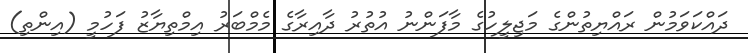
ދައްކަވަމުން ރައްޔިތުންގެ މަޖިލީހުގެ މާފަންނު އުތުރު ދާއިރާގެ މެމްބަރު އިމްތިޔާޒު ފަހުމީ (އިންތި)